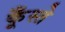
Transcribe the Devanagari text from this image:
कूँस्ते